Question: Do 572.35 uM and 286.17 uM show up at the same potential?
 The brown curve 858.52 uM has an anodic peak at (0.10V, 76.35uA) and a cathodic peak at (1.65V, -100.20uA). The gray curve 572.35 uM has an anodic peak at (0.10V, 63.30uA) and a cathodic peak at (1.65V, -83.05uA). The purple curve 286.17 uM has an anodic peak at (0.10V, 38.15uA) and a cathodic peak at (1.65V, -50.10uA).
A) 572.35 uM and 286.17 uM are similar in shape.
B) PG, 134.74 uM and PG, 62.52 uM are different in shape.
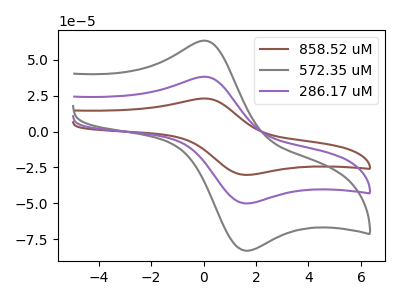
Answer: <think>All the peaks in "572.35 uM" have a peak in "286.17 uM" at the same potential. Every peak in "572.35 uM" is higher than every peak in "286.17 uM".
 </think>
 <answer>A) "572.35 uM" and "286.17 uM" are similar in shape.</answer>
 <eval>A</eval>